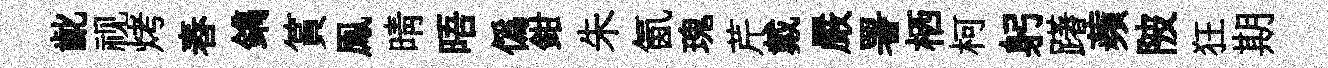
齔视烤舂鐫篔鳯晴晤僞鉗朱氤瑰芹戴嚴署栖柯躬躇蘋陂狂期